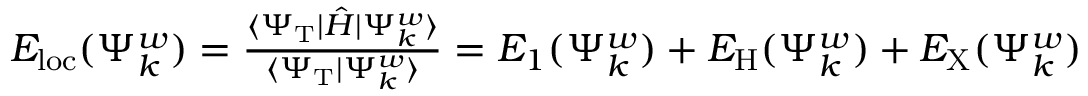
\begin{array} { r } { E _ { \mathrm { { l o c } } } ( \Psi _ { k } ^ { w } ) = \frac { \langle \Psi _ { \mathrm { T } } | \hat { H } | \Psi _ { k } ^ { w } \rangle } { \langle \Psi _ { \mathrm { T } } | \Psi _ { k } ^ { w } \rangle } = E _ { 1 } ( \Psi _ { k } ^ { w } ) + E _ { \mathrm { H } } ( \Psi _ { k } ^ { w } ) + E _ { \mathrm { X } } ( \Psi _ { k } ^ { w } ) } \end{array}